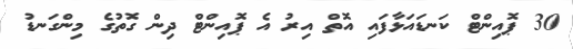
30 ޕޮއިންޓް ކަނޑައަޅާފައި އޮތް އިރު އެ ޕޮއިންޓް ދިން ގޮތުގެ މިންގަނޑު